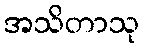
အသိတာသု